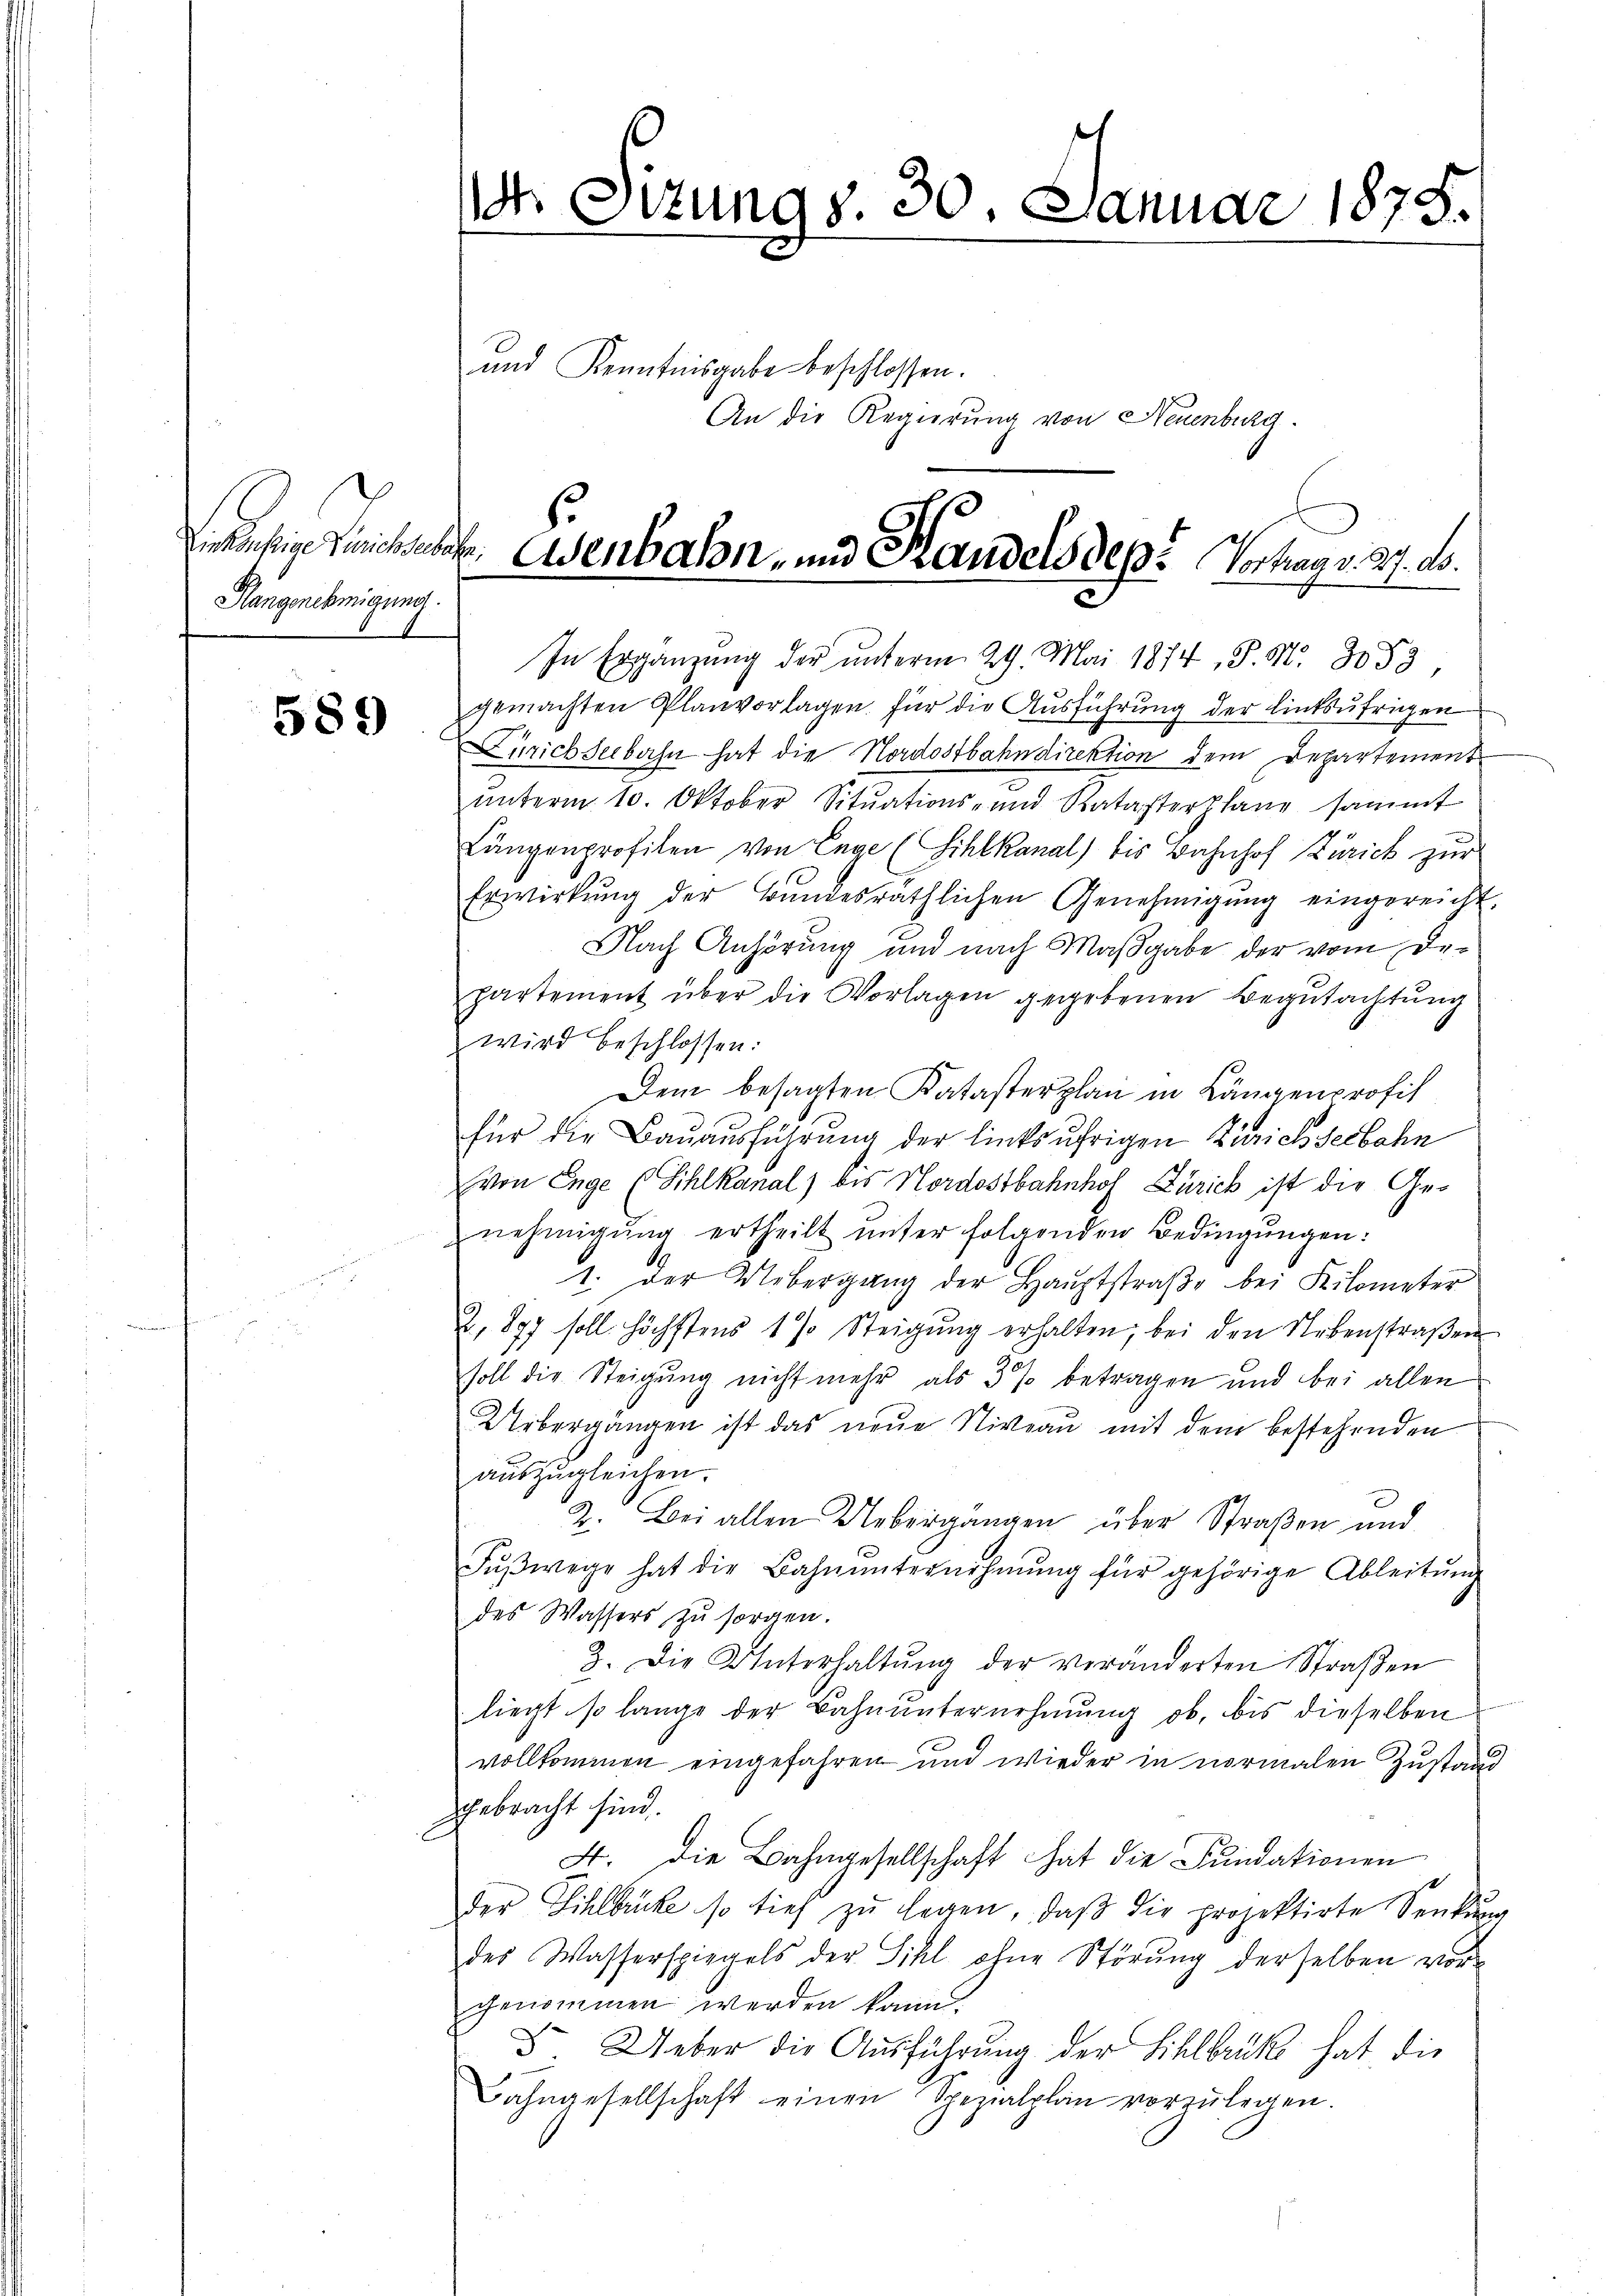
Einkönftige Zürichsen
Hangenehmigung.

589

d Situng s. 30. Januar 1875.

und Kenntnisgabe beschlossen.
An die Regierung von Neuenburg.

h. Wenbahn- und Randelsdep. Vortrag v. 27. ds.
u
In Ergänzung der unterm 29. Mai 1874, S. Nr. 3053,

gemachten Planvorlagen für die Ausführung der linksufrigen
Zürichseebahn hat die Nordostbahndirektion dem Departement
ŭnterm 10. Oktober Sitŭations- und Ratasterslang sammt
Längenprofilen von Enge (Sihlkanal) bis Bahnhof Zürich zur
Erwirkung der Bundesräthlichen Genehmigŭng eingereicht.
Nach Anhörung und nach Maßgabe der vom De-
partement über die Vorlagen gegebenen Begutachtung
wird beschlossen:
Dem besagten Katasterplan in Längenprofit
für die Bauausführung der linksufrigen Zürichseebahn
von Enge (Sihlkanal) bis Nordostbahnhof Zürich ist die Genehmigŭng ertheilt ŭnter folgenden Bedingŭngen:
1. der Uebergang der Haŭptstraβe bei Kilometer
2. 877 soll höchstens 1 % Steigŭng erhalten, bei den Nebenstraβen
soll die Steigung nicht mehr als 3 % betragen und bei allen
Uebergängen ist das neue Niveau mit dem bestehenden
auszugleichen.
2. Bei allen Uebergängen über Straßen und
Fŭβwege hat die Bahnŭnternehmung für gehörige Ableitŭng
des Wassers zu sorgen.
3. Die Unterhaltŭng der veränderten Straβen
liegt so lange der Bahnŭnternehmung ob, bis dieselben
vollkommen eingefahren und wieder in normalen Zustand
gebracht sind.
4. die Bahngesellschaft hat die Fundationen
der Sihlbrücke so tief zŭ legen, daβ die projektirte Senkung
des Wasserspiegels der Sihl ohne Störŭng derselben vorgenommen werden kann.
F. Ueber die Ausführung der Sihlbrücke hat die
Bahngesellschaft einen Spezialplan vorzŭlegen.